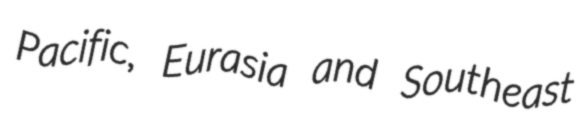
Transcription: Pacific, Eurasia and Southeast